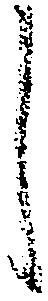
し